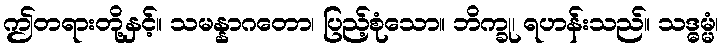
ဤတရားတို့နှင့်။ သမန္နာဂတော၊ ပြည့်စုံသော။ ဘိက္ခု၊ ရဟန်းသည်။ သဒ္ဓမ္မံ၊